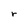
Character: r